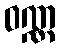
ဝဏ္ဏ